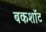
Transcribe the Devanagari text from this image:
बकशॉट